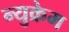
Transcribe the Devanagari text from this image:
न्युक्रेम